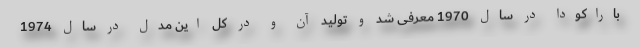
باراکودا در سال 1970 معرفی شد و تولید آن و در کل این مدل در سال 1974